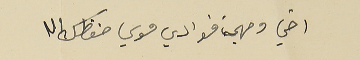
اخي ومهجت فوادي موسي حفظك الله